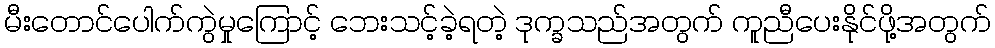
မီးတောင်ပေါက်ကွဲမှုကြောင့် ဘေးသင့်ခဲ့ရတဲ့ ဒုက္ခသည်အတွက် ကူညီပေးနိုင်ဖို့အတွက်